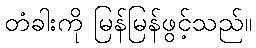
တံခါးကို မြန်မြန်ဖွင့်သည်။